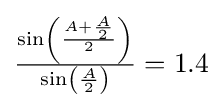
{\textstyle {\frac {\sin \left({\frac {A+{\frac {A}{2}}}{2}}\right)}{\sin \left({\frac {A}{2}}\right)}}=1.4}